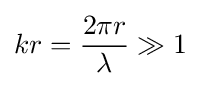
kr={2\pi r \over \lambda }\gg 1